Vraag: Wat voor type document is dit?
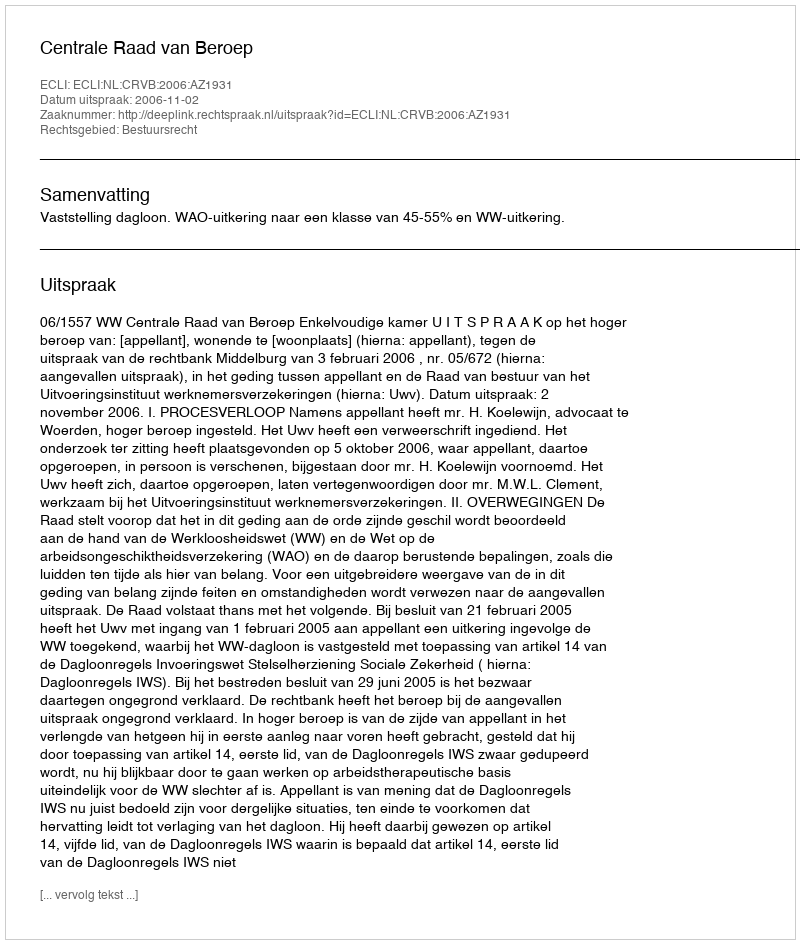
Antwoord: Uitspraak